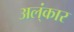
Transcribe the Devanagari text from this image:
अल्ंकार